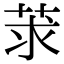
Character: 莍